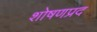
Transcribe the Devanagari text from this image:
शोषणप्रद